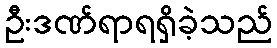
ဦးဒဏ်ရာရရှိခဲ့သည်